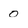
Character: 0